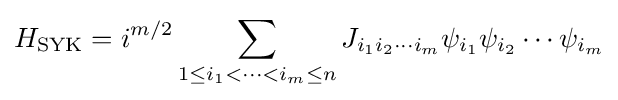
H_{\rm {SYK}}=i^{m/2}\sum _{1\leq i_{1}<\cdots <i_{m}\leq n}J_{i_{1}i_{2}\cdots i_{m}}\psi _{i_{1}}\psi _{i_{2}}\cdots \psi _{i_{m}}